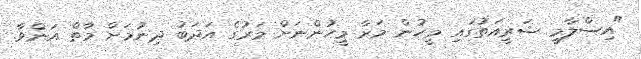
"އިސްލާމީ ޝަރީއަތުގައި މީހުން މަރާ މީހުންނަށް މަރުގެ އަދަބު ދިނުމަށް މާތް އަންވާ.